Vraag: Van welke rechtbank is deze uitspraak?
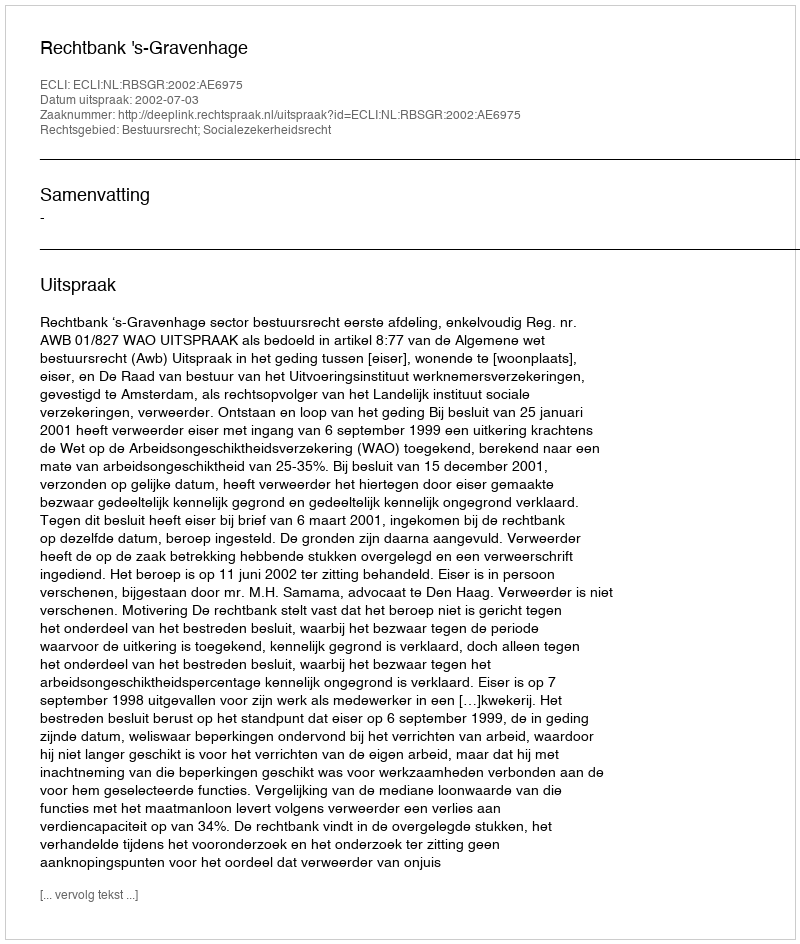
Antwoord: Rechtbank 's-Gravenhage